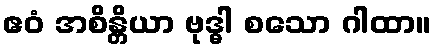
ဧဝံ အစိန္တိယာ ဗုဒ္ဓါ စသော ဂါထာ။